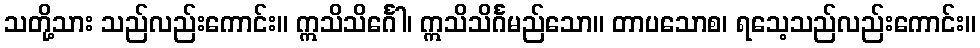
သတို့သား သည်လည်းကောင်း။ ဣသိသိင်္ဂေါ၊ ဣသိသိင်္ဂမည်သော။ တာပသောစ၊ ရသေ့သည်လည်းကောင်း။